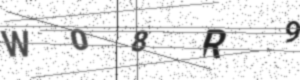
Text: W08R9